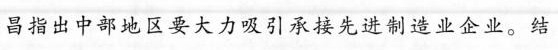
昌指出中部地区要大力吸引承接先进制造业企业。结